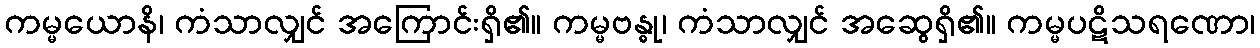
ကမ္မယောနိ၊ ကံသာလျှင် အကြောင်းရှိ၏။ ကမ္မဗန္ဓု၊ ကံသာလျှင် အဆွေရှိ၏။ ကမ္မပဋိသရဏော၊